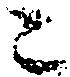
ニ